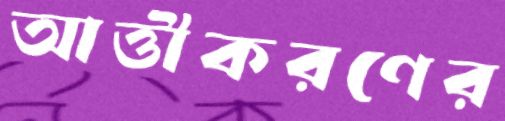
আত্তীকরণের